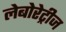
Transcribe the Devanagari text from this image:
लेबोरेट्रीज